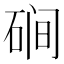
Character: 𰧃